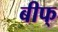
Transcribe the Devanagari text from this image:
बीफ्